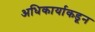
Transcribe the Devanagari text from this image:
अधिकार्याकडून